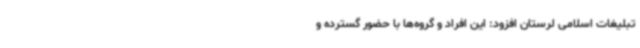
تبلیغات اسلامی لرستان افزود: این افراد و گروه‌ها با حضور گسترده و